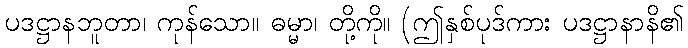
ပဒဋ္ဌာနဘူတာ၊ ကုန်သော။ ဓမ္မာ၊ တို့ကို။ (ဤနှစ်ပုဒ်ကား ပဒဋ္ဌာနာနိ၏